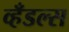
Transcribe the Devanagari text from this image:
व्हँडल्स